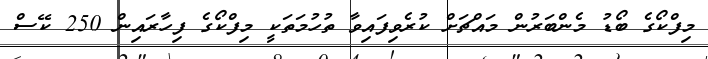
މިފްކޯގެ ބޯޑު މެންބަރުން މައްޗަށް ކުރެވިފައިވާ ތުހުމަތަކީ މިފްކޯގެ ފިހާރައިން 250 ކޭސް